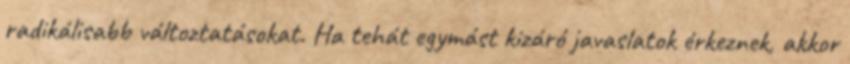
radikálisabb változtatásokat. Ha tehát egymást kizáró javaslatok érkeznek, akkor